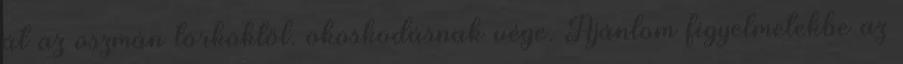
át az oszmán törköktől. okoskodásnak vége. Ajánlom figyelmetekbe az